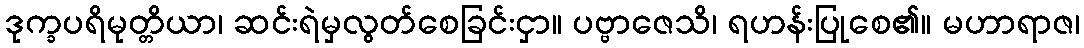
ဒုက္ခပရိမုတ္တိယာ၊ ဆင်းရဲမှလွတ်စေခြင်းငှာ။ ပဗ္ဗာဇေသိ၊ ရဟန်းပြုစေ၏။ မဟာရာဇ၊